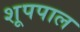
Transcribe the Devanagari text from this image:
शूपपाल